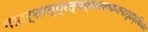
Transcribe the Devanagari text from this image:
गादर्शात्प्रत्यक्कालकवनाद्दक्षिणेन